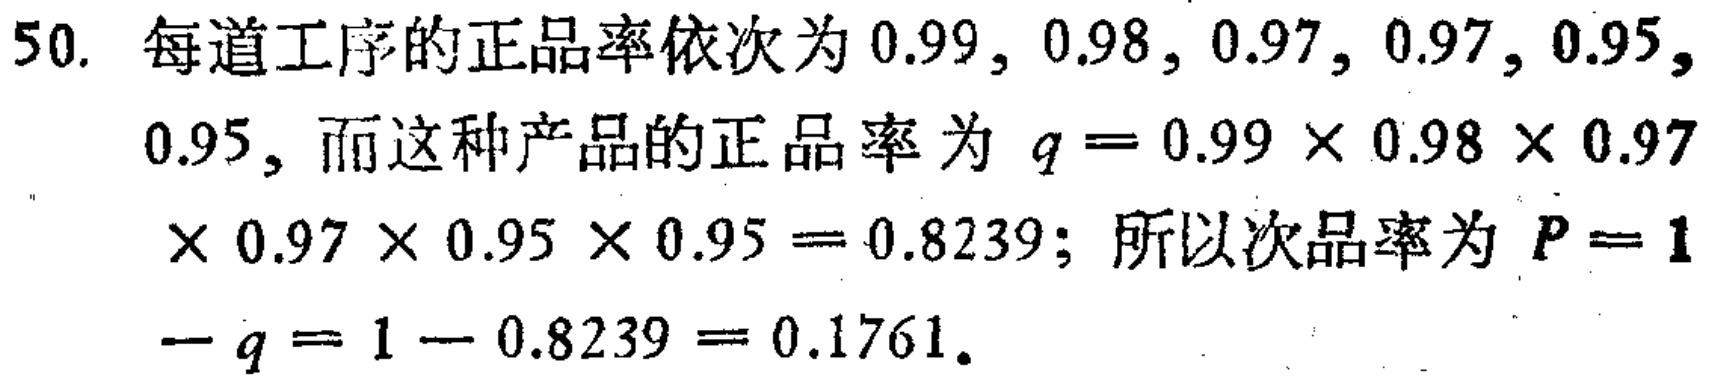
50. 每道工序的正品率依次为 \(0.99, 0.98, 0.97, 0.97, 0.95,0.95\)，而这种产品的正品率为 \(q = 0.99\times 0.98\times 0.97\times 0.97\times 0.95\times 0.95 = 0.8239\)；所以次品率为 \(P = 1 - q = 1 - 0.8239 = 0.1761\)。